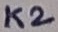
Text: K2